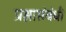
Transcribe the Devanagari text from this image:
प्रश्नासंबंधी